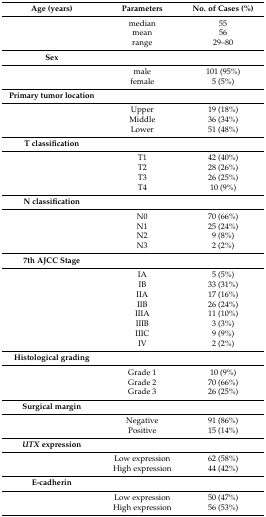
<table><thead><tr><td><b>Age (years)</b></td><td><b>Parameters</b></td><td><b>No. of Cases (%)</b></td></tr></thead><tbody><tr><td></td><td>median</td><td>55</td></tr><tr><td></td><td>mean</td><td>56</td></tr><tr><td></td><td>range</td><td>29–80</td></tr><tr><td><b>Sex</b></td><td></td><td></td></tr><tr><td></td><td>male</td><td>101 (95%)</td></tr><tr><td></td><td>female</td><td>5 (5%)</td></tr><tr><td><b>Primary tumor location</b></td><td></td><td></td></tr><tr><td></td><td>Upper</td><td>19 (18%)</td></tr><tr><td></td><td>Middle</td><td>36 (34%)</td></tr><tr><td></td><td>Lower</td><td>51 (48%)</td></tr><tr><td><b>T classification</b></td><td></td><td></td></tr><tr><td></td><td>T1</td><td>42 (40%)</td></tr><tr><td></td><td>T2</td><td>28 (26%)</td></tr><tr><td></td><td>T3</td><td>26 (25%)</td></tr><tr><td></td><td>T4</td><td>10 (9%)</td></tr><tr><td><b>N classification</b></td><td></td><td></td></tr><tr><td></td><td>N0</td><td>70 (66%)</td></tr><tr><td></td><td>N1</td><td>25 (24%)</td></tr><tr><td></td><td>N2</td><td>9 (8%)</td></tr><tr><td></td><td>N3</td><td>2 (2%)</td></tr><tr><td><b>7th AJCC Stage</b></td><td></td><td></td></tr><tr><td></td><td>IA</td><td>5 (5%)</td></tr><tr><td></td><td>IB</td><td>33 (31%)</td></tr><tr><td></td><td>IIA</td><td>17 (16%)</td></tr><tr><td></td><td>IIB</td><td>26 (24%)</td></tr><tr><td></td><td>IIIA</td><td>11 (10%)</td></tr><tr><td></td><td>IIIB</td><td>3 (3%)</td></tr><tr><td></td><td>IIIC</td><td>9 (9%)</td></tr><tr><td></td><td>IV</td><td>2 (2%)</td></tr><tr><td><b>Histological grading</b></td><td></td><td></td></tr><tr><td></td><td>Grade 1</td><td>10 (9%)</td></tr><tr><td></td><td>Grade 2</td><td>70 (66%)</td></tr><tr><td></td><td>Grade 3</td><td>26 (25%)</td></tr><tr><td><b>Surgical margin</b></td><td></td><td></td></tr><tr><td></td><td>Negative</td><td>91 (86%)</td></tr><tr><td></td><td>Positive</td><td>15 (14%)</td></tr><tr><td><b><i>UTX</i></b><b>expression</b></td><td></td><td></td></tr><tr><td></td><td>Low expression</td><td>62 (58%)</td></tr><tr><td></td><td>High expression</td><td>44 (42%)</td></tr><tr><td><b>E-cadherin</b></td><td></td><td></td></tr><tr><td></td><td>Low expression</td><td>50 (47%)</td></tr><tr><td></td><td>High expression</td><td>56 (53%)</td></tr></tbody></table>